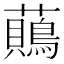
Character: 𧄞